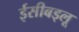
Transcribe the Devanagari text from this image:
ईसीबड्लू